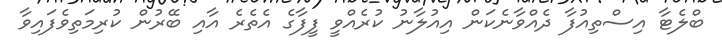
ބްލެޓާ އިސްތިއުފާ ދެއްވާނެކަން އިއުލާނު ކުރެއްވީ ފީފާގެ އެތެރެ އާއި ބޭރުން ކުރިމަތިވެފައިވާ